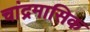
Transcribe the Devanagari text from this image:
चांद्रमासिक